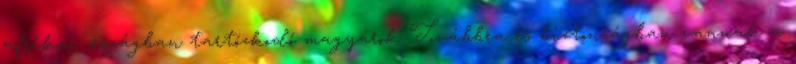
afrikai országban tartózkodó magyarok Továbbra is biztonságban vannak a